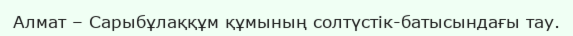
Алмат – Сарыбұлаққұм құмының солтүстік-батысындағы тау.